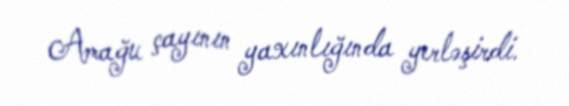
Amağu çayının yaxınlığında yerləşirdi.